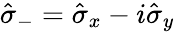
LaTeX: \hat{\sigma}_{-}=\hat{\sigma}_{x}-i\hat{\sigma}_{y}